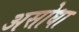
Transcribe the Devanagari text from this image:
असोधा